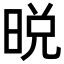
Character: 𣇋